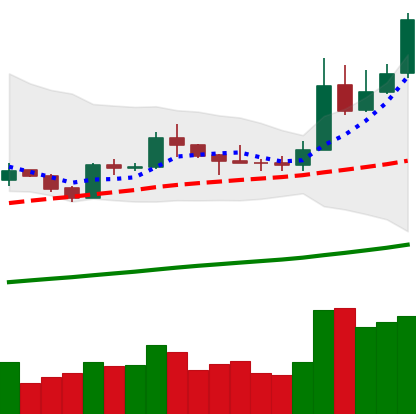
Ticker: LTC-USD
Chart end date: 2019-05-15
Forward return: -10.075%
Label: down_7plus